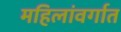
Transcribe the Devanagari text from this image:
महिलांवर्गात